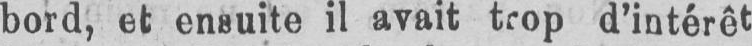
bord, et ensuite il avait trop d’intérêt